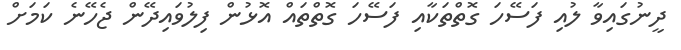
ދީނުގައިވާ ލުއި ފަސޭހަ ގޮތްތަކާއި ފަސޭހަ ގޮތްތައް އޮޅުން ފިލުވައިދޭން ޖެހޭނެ ކަމަށް